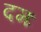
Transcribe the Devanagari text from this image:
दमः